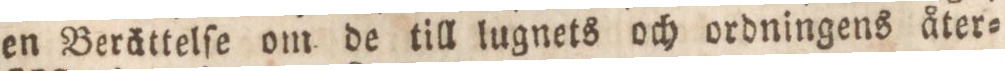
en Berättelfe om de till lugnets och ordningens åter=